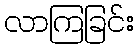
လာကြခြင်း